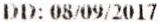
DD: 08/09/2017